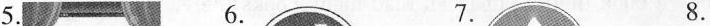
5. 6. 7. 8.